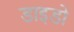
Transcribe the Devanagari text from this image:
डाइडो